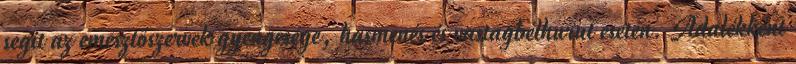
segít az emésztőszervek gyengesége, hasmenés és vastagbélhurut esetén. Adalékként